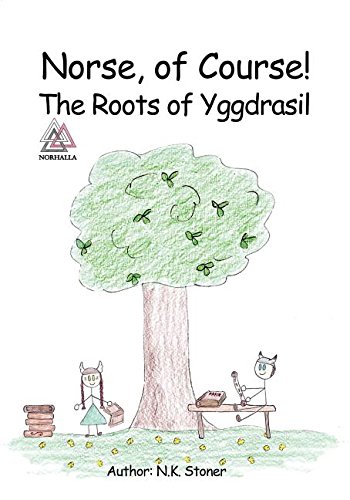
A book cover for Norse, of Course!: The Roots of Yggdrasil; N.K. Stoner; Children's Books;